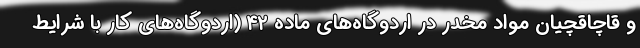
و قاچاقچیان مواد مخدر در اردوگاه‌های ماده ۴۲ (اردوگاه‌های کار با شرایط